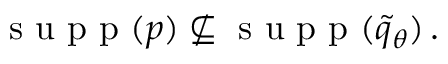
\begin{array} { r } { \textrm { s u p p } ( p ) \nsubseteq { \textrm { s u p p } } ( \widetilde { q } _ { \theta } ) \, . } \end{array}